Civil Veterinary Department Bihar & Orissa reports 1929-36 - 1929-1936
Year: 1929
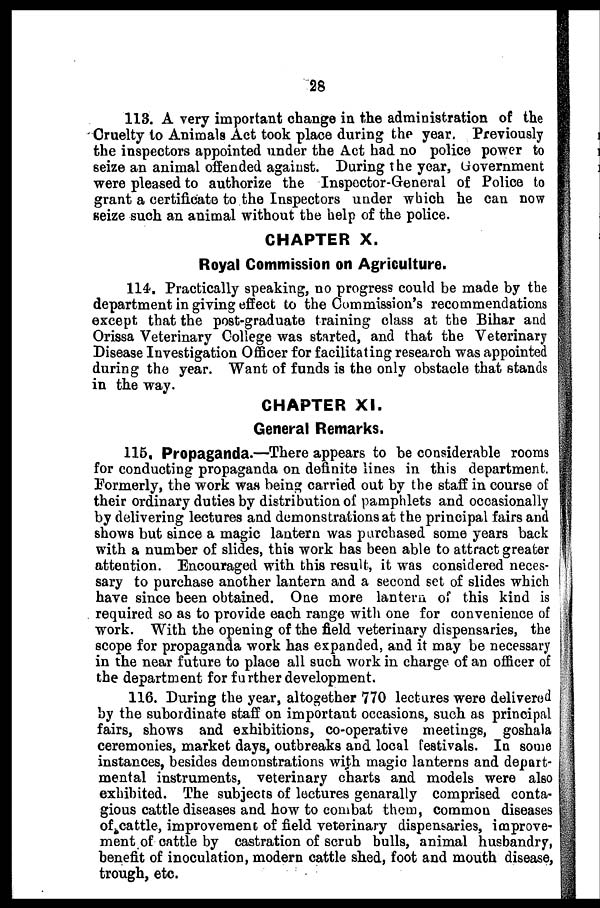
28
113. A very important change in the administration of the
Cruelty to Animals Act took place during the year. Previously
the inspectors appointed under the Act had no police power to
seize an animal offended against. During the year, Government
were pleased to authorize the Inspector-General of Police to
grant a certificate to the Inspectors under which he can now
seize such an animal without the help of the police.
CHAPTER X.
Royal Commission on Agriculture.
114. Practically speaking, no progress could be made by the
department in giving effect to the Commission's recommendations
except that the post-graduate training class at the Bihar and
Orissa Veterinary College was started, and that the Veterinary
Disease Investigation Officer for facilitating research was appointed
during the year. Want of funds is the only obstacle that stands
in the way.
CHAPTER XI.
General Remarks.
115. Propaganda.—There appears to be considerable rooms
for conducting propaganda on definite lines in this department.
Formerly, the work was being carried out by the staff in course of
their ordinary duties by distribution of pamphlets and occasionally
by delivering lectures and demonstrations at the principal fairs and
shows but since a magic lantern was purchased some years back
with a number of slides, this work has been able to attract greater
attention. Encouraged with this result, it was considered neces-
sary to purchase another lantern and a second set of slides which
have since been obtained. One more lantern of this kind is
required so as to provide each range with one for convenience of
work. With the opening of the field veterinary dispensaries, the
scope for propaganda work has expanded, and it may be necessary
in the near future to place all such work in charge of an officer of
the department for further development.
116. During the year, altogether 770 lectures were delivered
by the subordinate staff on important occasions, such as principal
fairs, shows and exhibitions, co-operative meetings, goshala
ceremonies, market days, outbreaks and local festivals. In some
instances, besides demonstrations with magic lanterns and depart-
mental instruments, veterinary charts and models were also
exhibited. The subjects of lectures genarally comprised conta-
gious cattle diseases and how to combat them, common diseases
of cattle, improvement of field veterinary dispensaries, improve-
ment of cattle by castration of scrub bulls, animal husbandry,
benefit of inoculation, modern cattle shed, foot and mouth disease,
trough, etc.